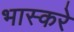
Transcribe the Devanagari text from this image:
भास्करे